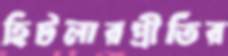
হিটলারপ্রীতির